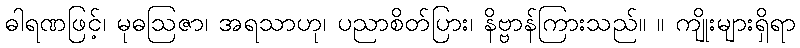
ဓါရဏဖြင့်၊ မုဓဩဇာ၊ အရသာဟု၊ ပညာစိတ်ပြား၊ နိဗ္ဗာန်ကြားသည်။ ။ ကျိုးများရှိရာ